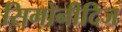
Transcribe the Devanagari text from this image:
सिमोनीदिज